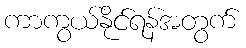
ကာကွယ်နိုင်ရန်အတွက်